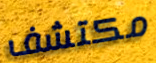
مكتشف